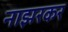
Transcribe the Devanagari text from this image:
नाझरकर